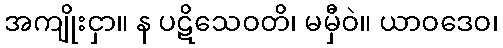
အကျိုးငှာ။ န ပဋိသေဝတိ၊ မမှီဝဲ။ ယာဝဒေဝ၊